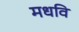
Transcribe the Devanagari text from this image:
मधवि